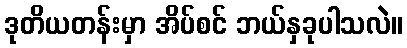
ဒုတိယတန်းမှာ အိပ်စင် ဘယ်နှခုပါသလဲ။